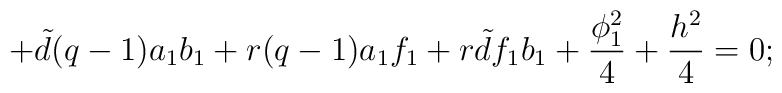
+{\tilde d}(q-1)a_{1}b_{1}+r(q-1)a_{1}f_{1}+r{\tilde d}f_{1}b_{1}+ \frac{\phi_{1}^{2}}{4}+ \frac{h^{2}}{4}=0;